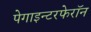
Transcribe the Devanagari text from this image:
पेगाइन्टरफेरॉन